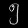
Digit: ၅